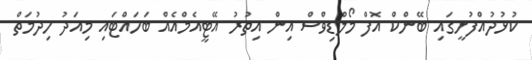
ކުޅުދުއްފުށީގައި ބޭންކް އޮފް މޯލްޑިވްސް އިން އިތުރު އޭޓީއެމްއެއް ބަހައްޓައި މިއަދު ހިދުމަތް